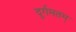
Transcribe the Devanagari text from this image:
दुर्गमतम्